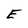
Character: E